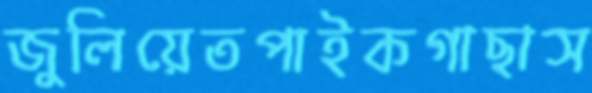
জুলিয়েতপাইকগাছাস